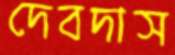
দেবদাস